Vaccination North-Western Provinces 1866-1877 - 1866-1877
Year: 1866
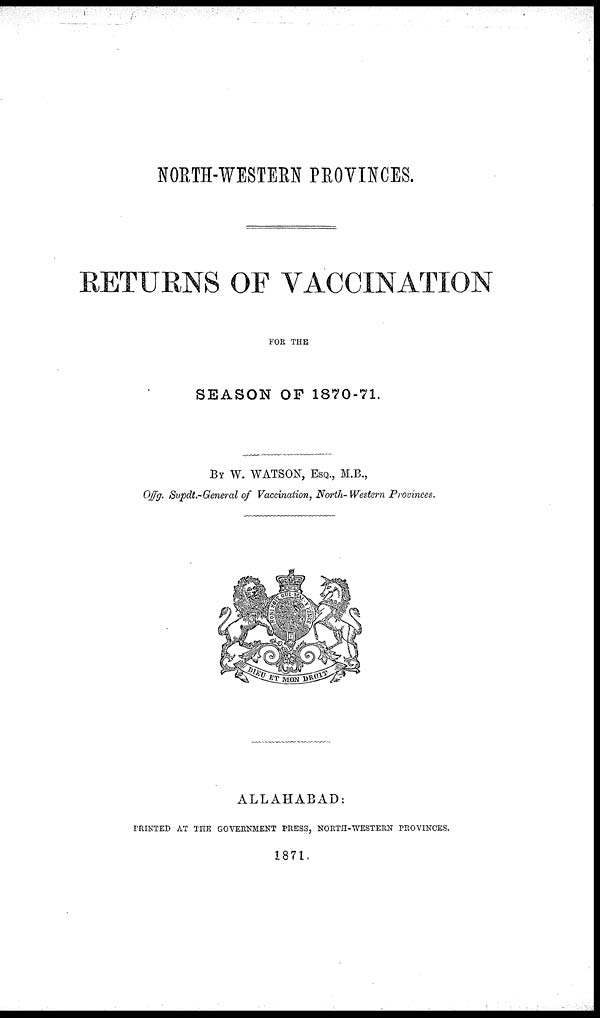
NORTH-WESTERN PROVINCES.
RETURNS OF VACCINATION
FOR THE
SEASON OF 1870-71.
BY W. WATSON, ESQ., M.B.,
Offg. Supdt.-General of Vaccination, North-Western Provinces.
ALLAHABAD:
PRINTED AT THE GOVERNMENT PRESS, NORTH-WESTERN PROVINCES.
1871